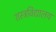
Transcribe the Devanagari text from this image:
शस्त्रविद्यालय